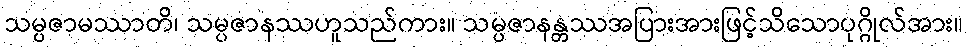
သမ္ပဇာမဿာတိ၊ သမ္ပဇာနဿဟူသည်ကား။ သမ္ပဇာနန္တဿအပြားအားဖြင့်သိသောပုဂ္ဂိုလ်အား။